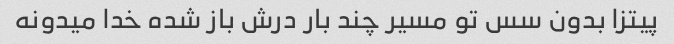
پیتزا بدون سس تو مسیر چند بار درش باز شده خدا میدونه